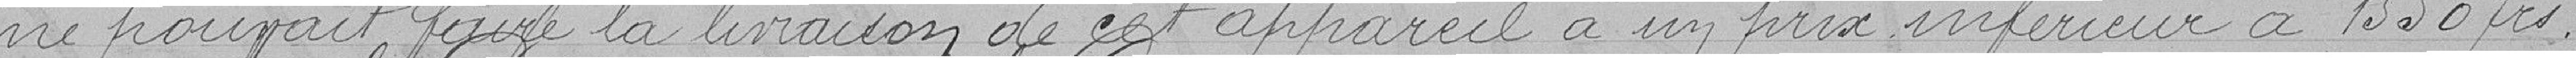
ne pouvait faire la livraison de cet appareil à un prix inférieur à 1550 fcs.